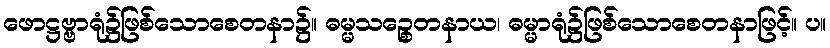
ဖောဋ္ဌဗ္ဗာရုံ၌ဖြစ်သောစေတနာ၌။ ဓမ္မသဉ္စေတနာယ၊ ဓမ္မာရုံ၌ဖြစ်သောစေတနာဖြင့်။ ပ။